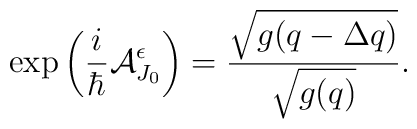
\exp\left(\frac{i}{\hbar}{\cal A}^\epsilon _{J_0}\right)= \frac{\sqrt{g(q-\Delta q)}}{\sqrt{g(q)}}.